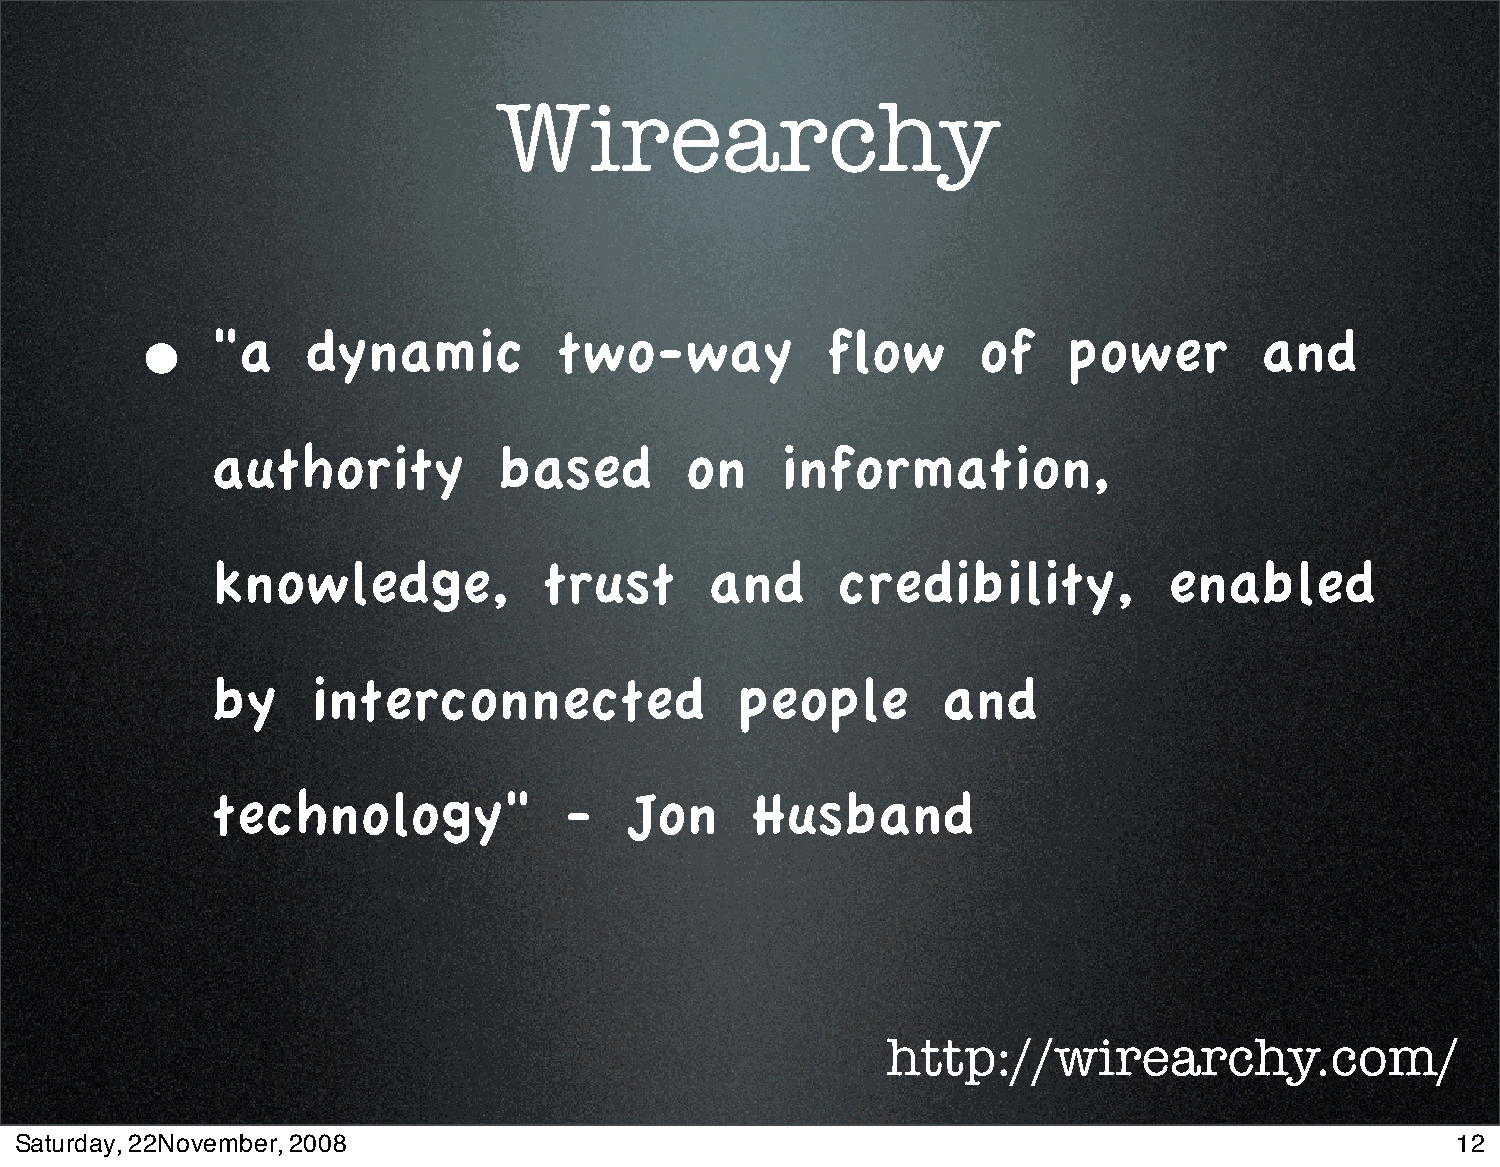
Wirearchy
 •    "a    dynamic          two-way           flow      of    power        and
 authority          based       on     information,
 knowledge,            trust      and     credibility,          enabled
 by     interconnected              people       and
 technology"            -   Jon      Husband
 http://wirearchy.com/
 Saturday, 22November, 2008                                                                     12